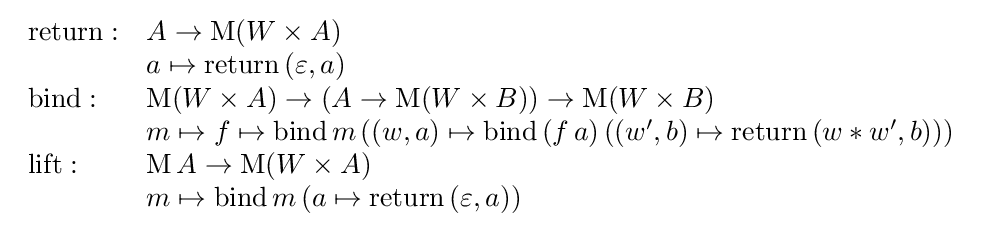
{\begin{array}{ll}\mathrm {return} :&A\rightarrow \mathrm {M} (W\times A)\\&a\mapsto \mathrm {return} \,(\varepsilon ,a)\\\mathrm {bind} :&\mathrm {M} (W\times A)\rightarrow (A\rightarrow \mathrm {M} (W\times B))\rightarrow \mathrm {M} (W\times B)\\&m\mapsto f\mapsto \mathrm {bind} \,m\,((w,a)\mapsto \mathrm {bind} \,(f\,a)\,((w',b)\mapsto \mathrm {return} \,(w*w',b)))\\\mathrm {lift} :&\mathrm {M} \,A\rightarrow \mathrm {M} (W\times A)\\&m\mapsto \mathrm {bind} \,m\,(a\mapsto \mathrm {return} \,(\varepsilon ,a))\\\end{array}}